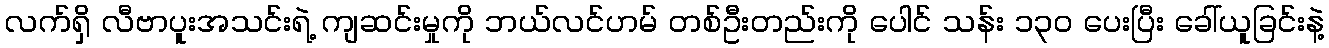
လက်ရှိ လီဗာပူးအသင်းရဲ့ ကျဆင်းမှုကို ဘယ်လင်ဟမ် တစ်ဦးတည်းကို ပေါင် သန်း ၁၃၀ ပေးပြီး ခေါ်ယူခြင်းနဲ့